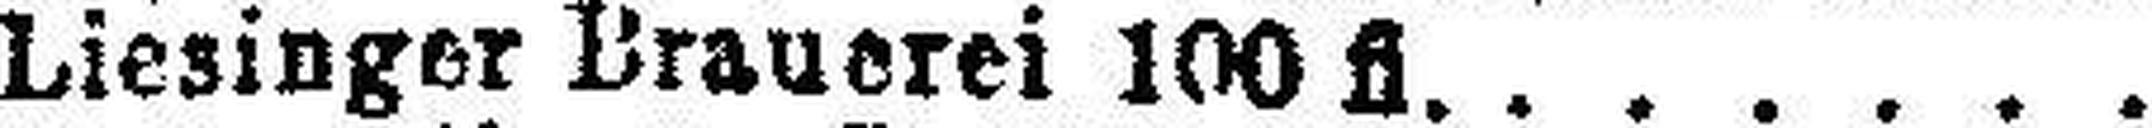
Liesinger Brauerei 100 fl.